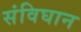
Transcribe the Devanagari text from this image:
संविघान